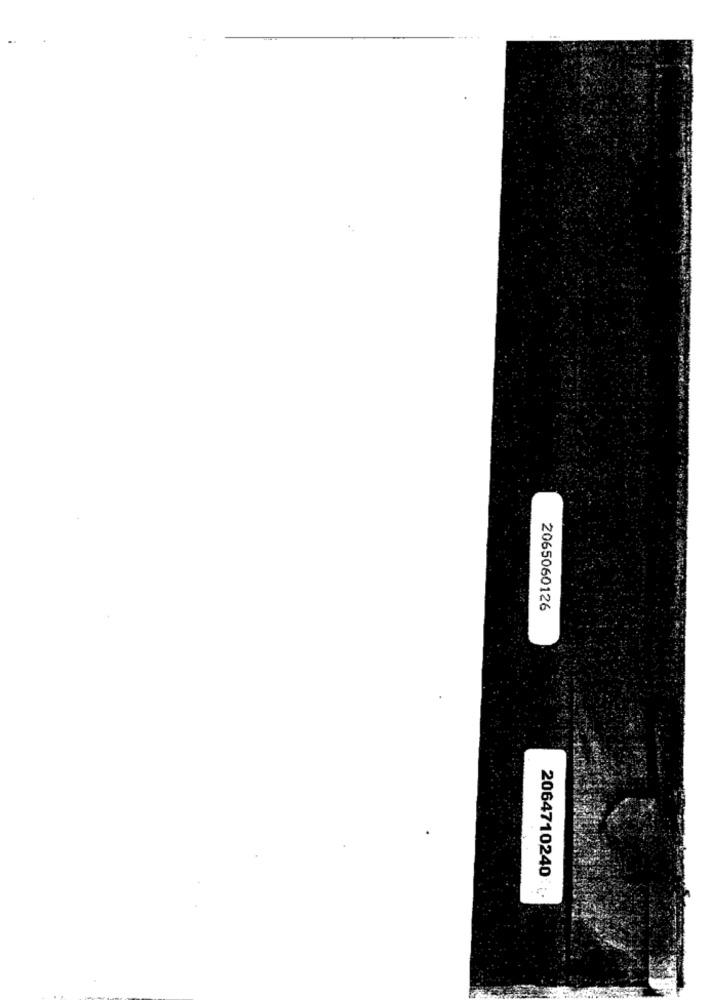
2065060126
2064710240